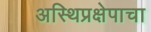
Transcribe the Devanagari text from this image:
अस्थिप्रक्षेपाचा